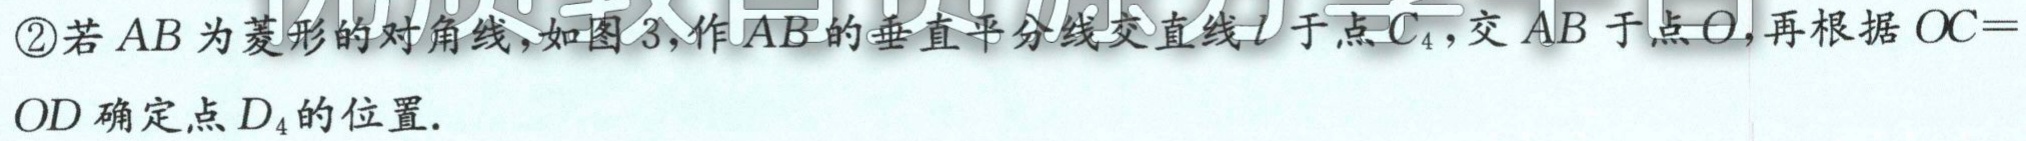
\textcircled{2}若 \(AB\)为菱形的对角线,如图3,作\(AB\)的垂直平分线交直线\(l\)于点\(C_{4}\),交 \(AB\) 于点\(O\),再根据 \(OC = OD\)确定点\(D_{4}\)的位置.